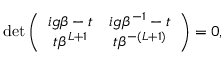
\begin{array} { r } { \operatorname* { d e t } \left( \begin{array} { c c } { i g \beta - t } & { i g \beta ^ { - 1 } - t } \\ { t \beta ^ { L + 1 } } & { t \beta ^ { - ( L + 1 ) } } \end{array} \right) = 0 , } \end{array}